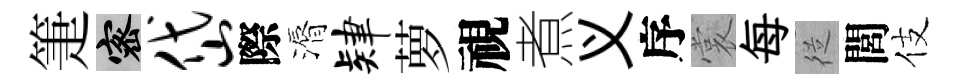
箑密岱際漘肄萝視煮义序裳每従閭伎